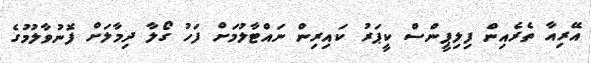
އޭރިއާ ތެރެއިން ފިލިޕީންސް ކީޕަރު ކައިރިން ނައްޓާލުމަށް ފަހު ގޯލާ ދިމާލަށް ފޮނުވާލުމުގެ